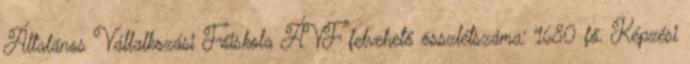
Általános Vállalkozási Főiskola ÁVF felvehető összlétszáma: 1680 fő. Képzési